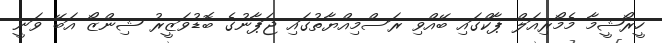
ހީރޯޝީމާ މެމޯރިއަލް ޕާކްގައި ބޭއްވި ރަސްމިއްޔާތުގައި ޖަޕާނުގެ ބޮޑުވަޒީރު ޝިންޒޯ އަބޭ ވަނީ